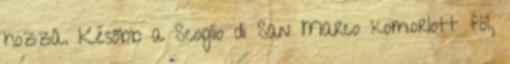
hozzá. Később a Scoglio di San Marco komorlott föl,